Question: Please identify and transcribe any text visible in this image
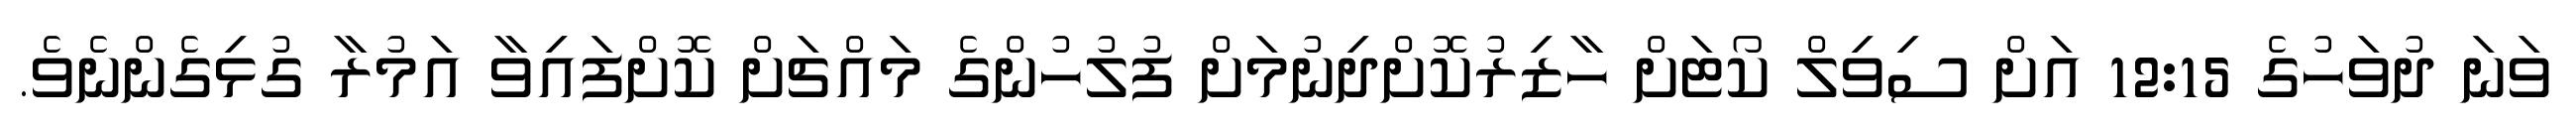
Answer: ވަނަ ދުވަހުގެ 12:15 އަށް ސިވިލް ކޯޓަށް ހާޒިރުކޮށްދިނުމަށް ފުލުހުންގެ މައްޗަށް ކޮށްފައިވާ އަމުރާ ގުޅިގެންނެވެ.